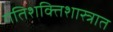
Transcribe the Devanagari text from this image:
गतिशक्तिशास्त्रात